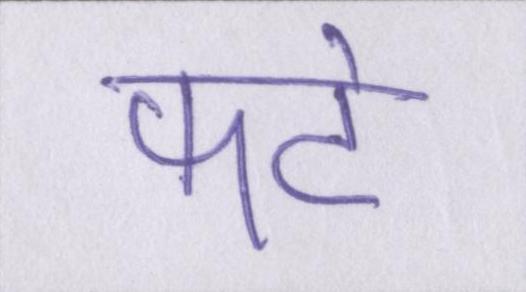
फटे